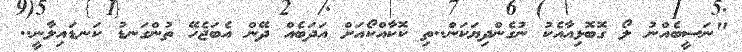
"ނަސީބެއްނު ލޯ ގޮބޮޅިއާއެކު ނުގެންދިޔަކަން..ތި ކޮކާއްކޯއަށް އަދަބެއް ދޭން އެބަޖެހޭ ތުންގަނޑު ކަނޑައިލާނީ..